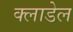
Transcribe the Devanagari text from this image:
क्लाडेल